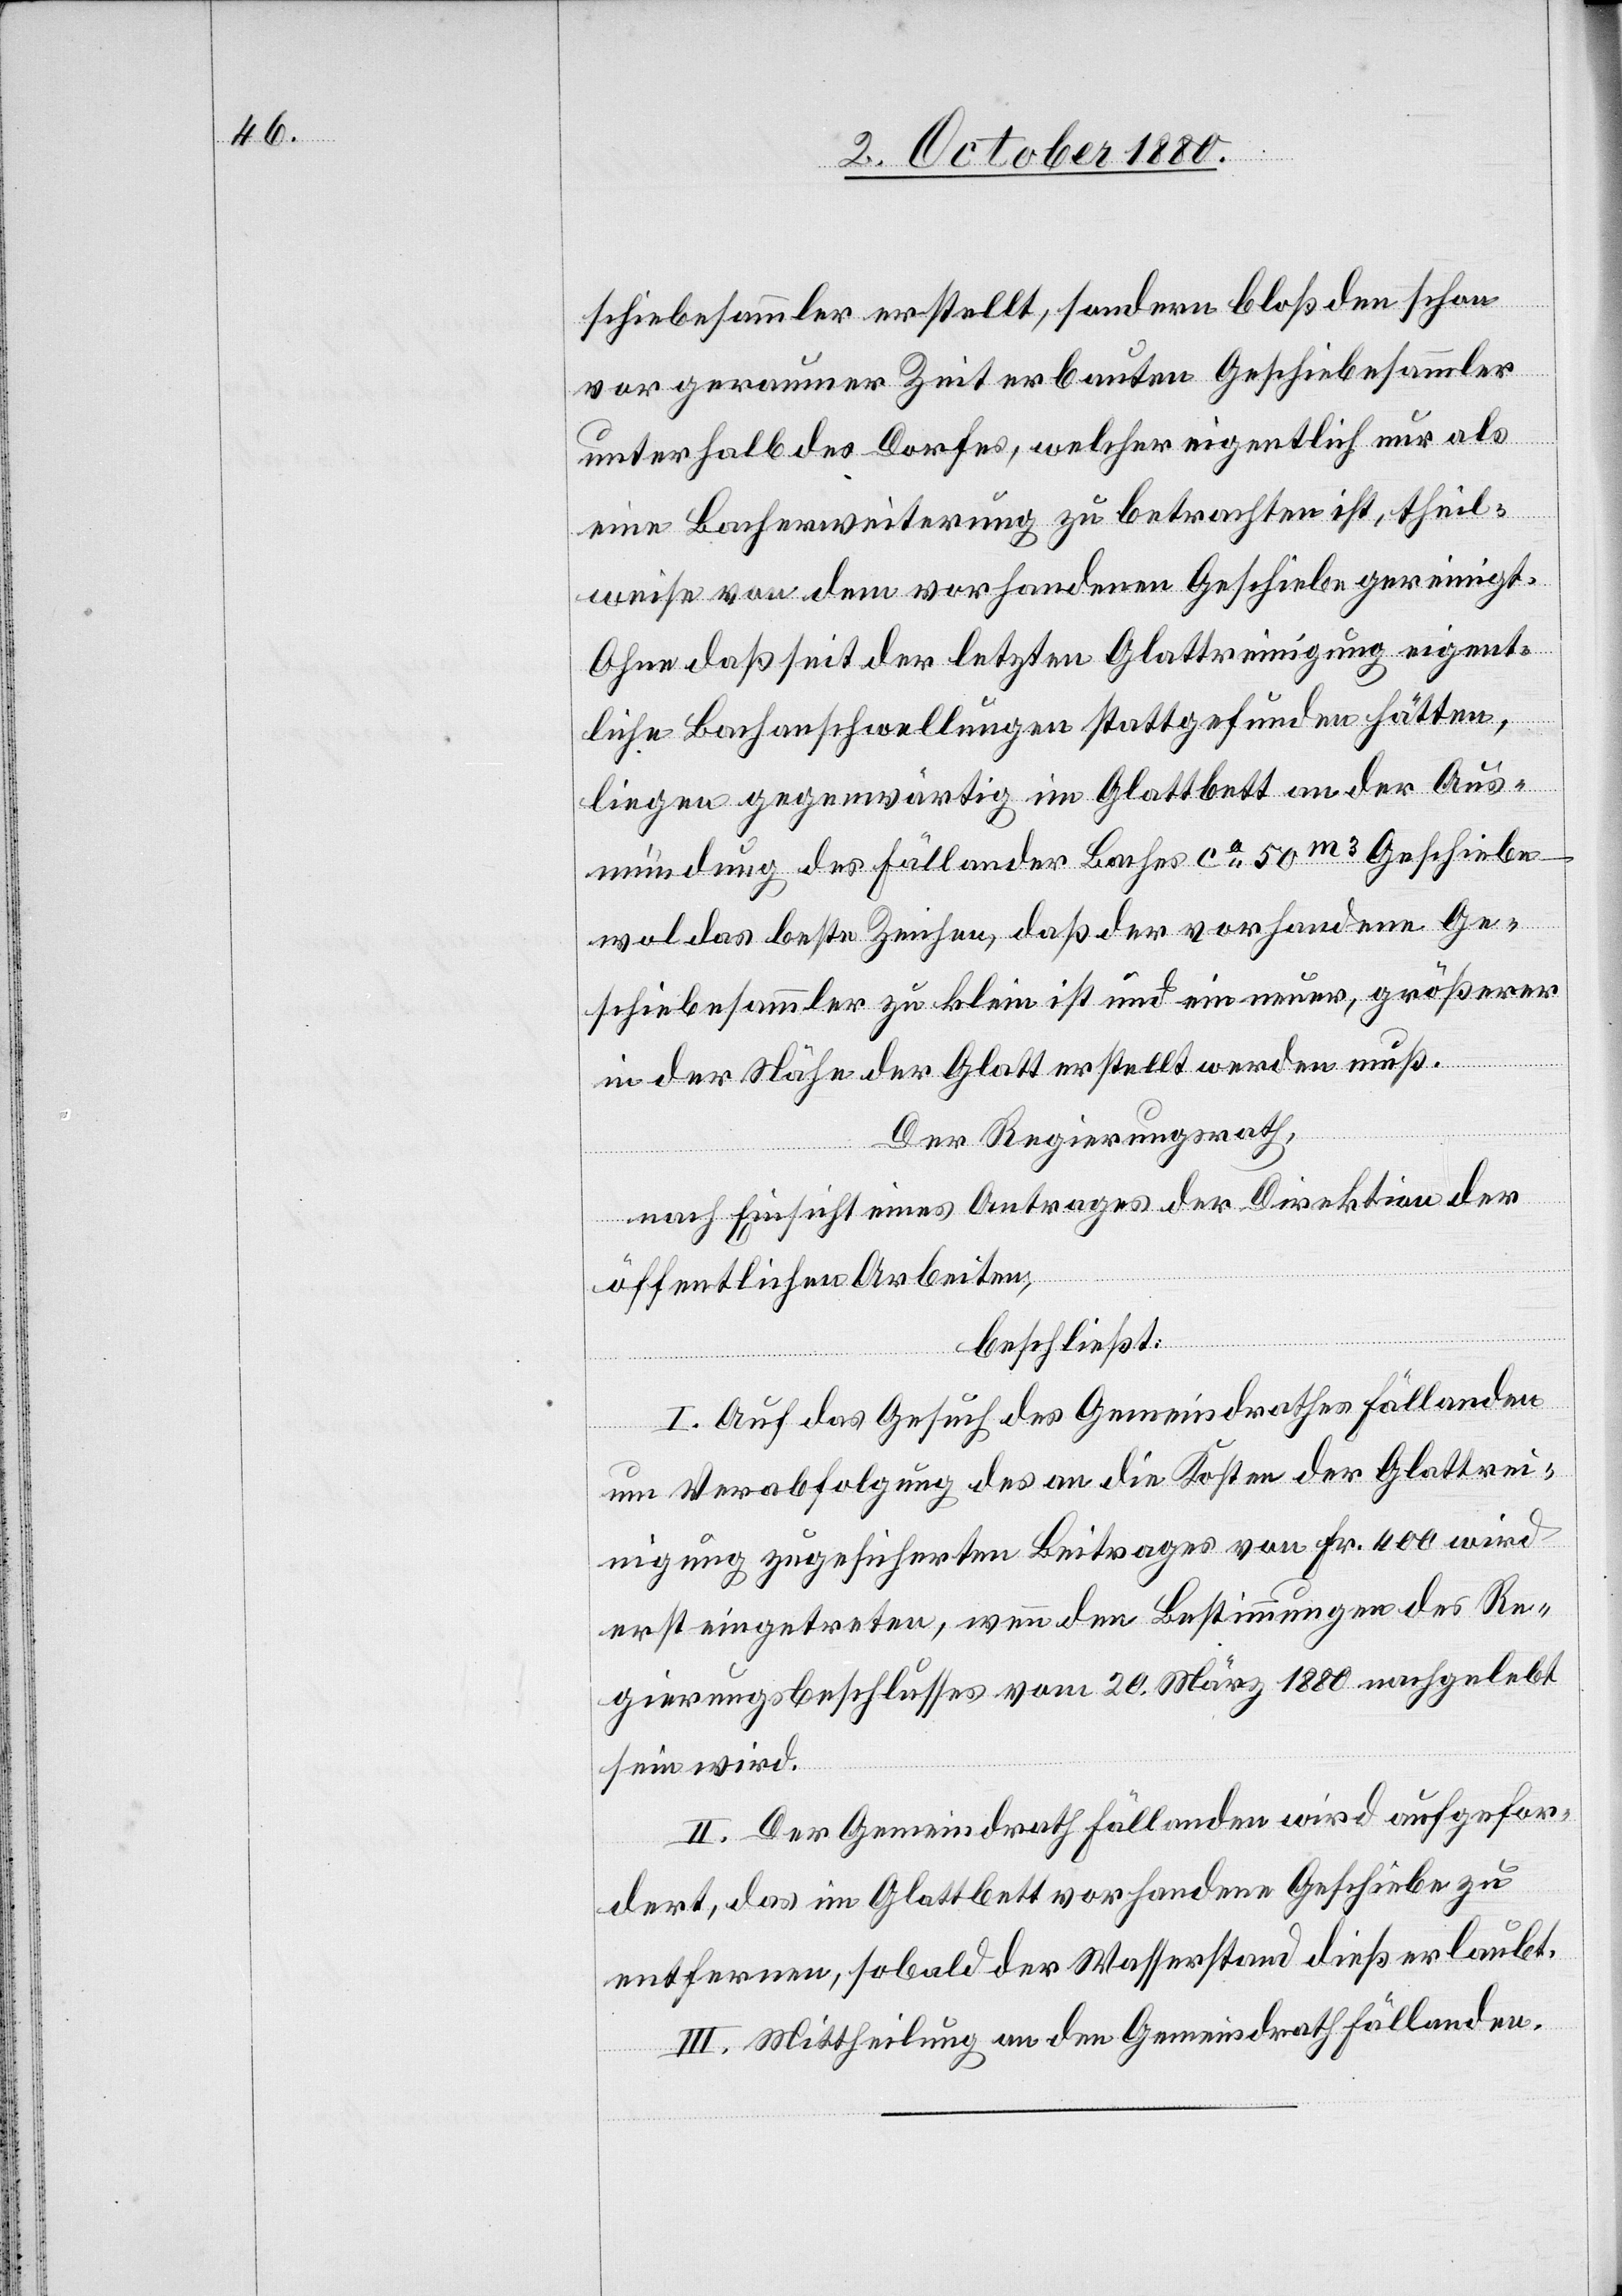
schiebesammler erstellt, sondern bloß den schon
vor geraumer Zeit erbauten Geschiebesammler
unterhalb des Dorfes, welcher eigentlich nur als
eine Bacherweiterung zu betrachten ist, theil¬
weise von dem vorhandenen Geschiebe gereinigt.
Ohne daß seit der letzten Glattreinigung eigent¬
liche Bachanschwellungen stattgefunden hätten,
liegen gegenwärtig im Glattbett an der Aus¬
mündung des Fällander Baches ca 50m3 Geschiebe
wol das beste Zeichen, daß der vorhandene Ge¬
schiebesammler zu klein ist und ein neuer, größerer
in der Nähe der Glatt erstellt werden muß.
Der Regierungsrath,
nach Einsicht eines Antrages der Direktion der
öffentlichen Arbeiten,
beschließt:
I. Auf das Gesuch des Gemeindrathes Fällanden
um Verabfolgung des an die Kosten der Glattrei¬
nigung zugesicherten Beitrages von Fr. 400 wird
erst eingetreten, wenn den Bestimmungen des Re¬
gierungsbeschlusses vom 20. März 1880 nachgelebt
sein wird.
II. Der Gemeindrath Fällanden wird aufgefor¬
dert, das im Glattbett vorhandene Geschiebe zu
entfernen, sobald der Wasserstand dieß erlaubt.
III. Mittheilung an den Gemeindrath Fällanden.